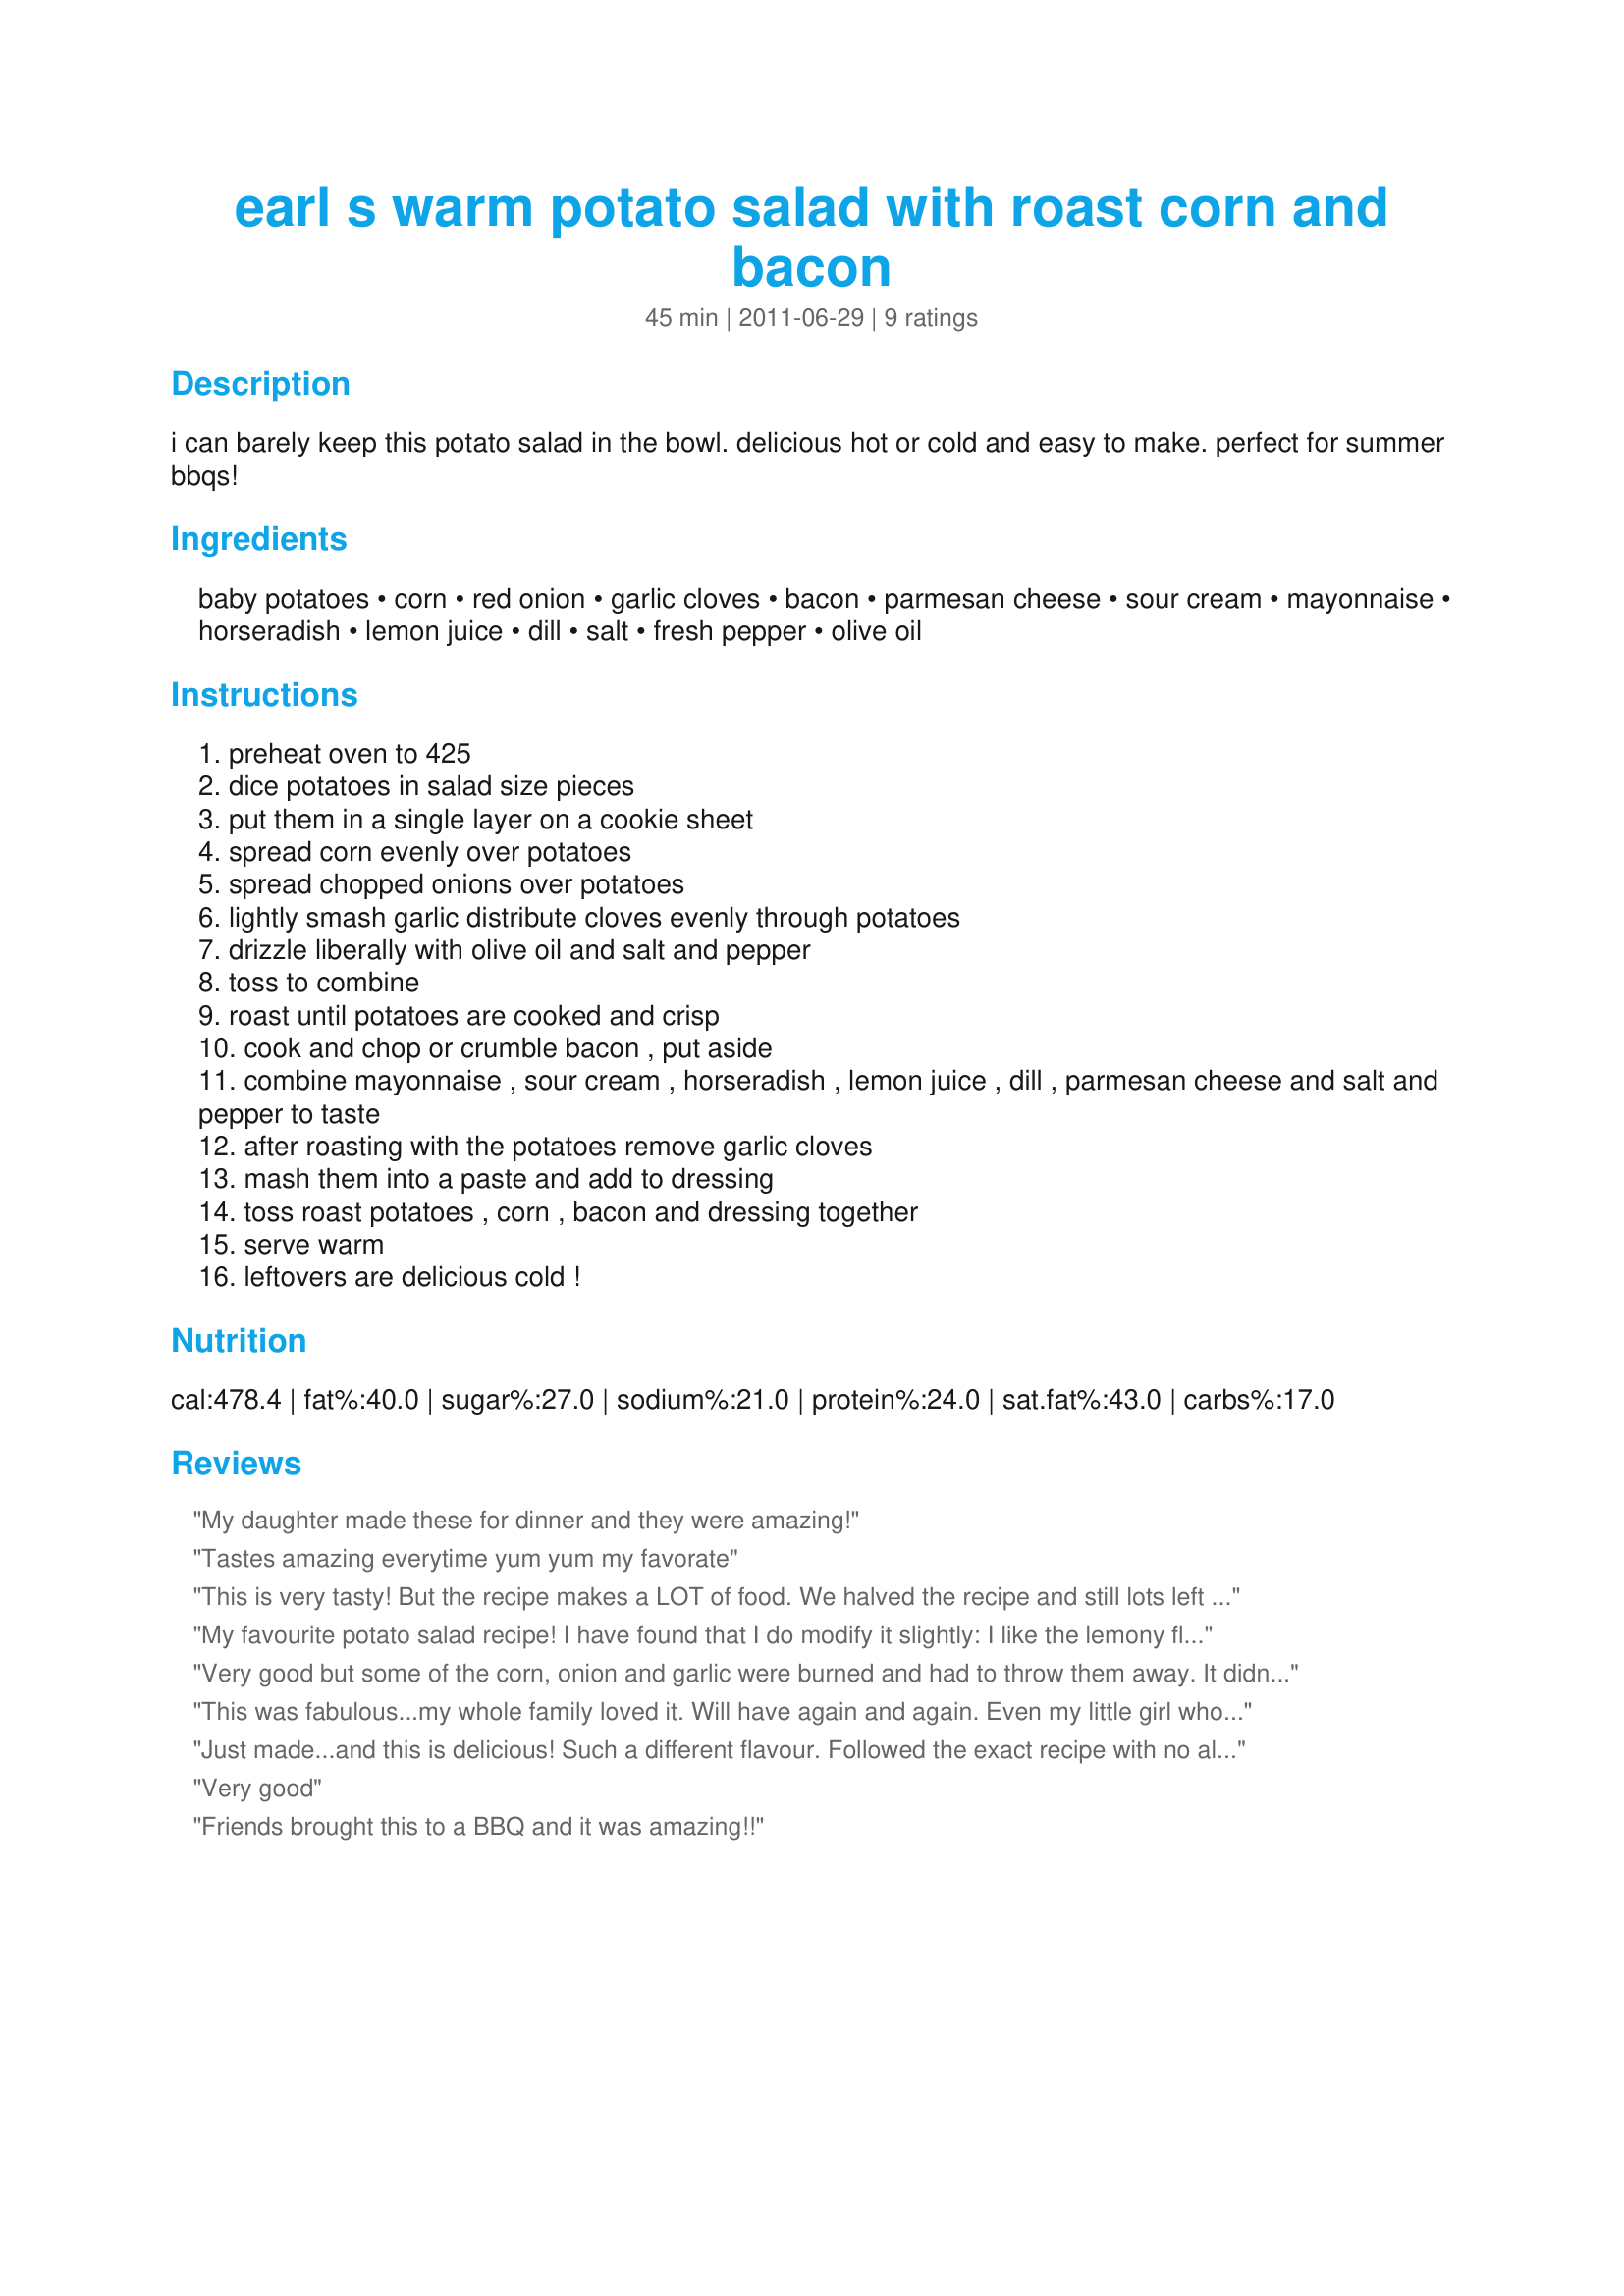
earl s warm potato salad with roast corn and bacon
Preparation time: 45 minutes

i can barely keep this potato salad in the bowl. delicious hot or cold and easy to make. perfect for summer bbqs!

Ingredients:
baby potatoes, corn, red onion, garlic cloves, bacon, parmesan cheese, sour cream, mayonnaise, horseradish, lemon juice, dill, salt, fresh pepper, olive oil

Steps:
preheat oven to 425
dice potatoes in salad size pieces
put them in a single layer on a cookie sheet
spread corn evenly over potatoes
spread chopped onions over potatoes
lightly smash garlic distribute cloves evenly through potatoes
drizzle liberally with olive oil and salt and pepper
toss to combine
roast until potatoes are cooked and crisp
cook and chop or crumble bacon , put aside
combine mayonnaise , sour cream , horseradish , lemon juice , dill , parmesan cheese and salt and pepper to taste
after roasting with the potatoes remove garlic cloves
mash them into a paste and add to dressing
toss roast potatoes , corn , bacon and dressing together
serve warm
leftovers are delicious cold !

Reviews:
My daughter made these for dinner and they were amazing!
Tastes amazing everytime yum yum my favorate
This is very tasty! But the recipe makes a LOT of food. We halved the recipe and still lots left over
My favourite potato salad recipe! I have found that I do modify it slightly: I like the lemony flavour, so I squeeze 2 fresh lemons for juice. I also tend to just get a bag of &quot;real&quot; bacon bits (Ready Crisp) instead of more cooking (lazy I know, but still yummy). Finally, I prefer to mix the potatoes, onions, corn, etc in a mixing bowl instead of on the cookie sheet. A quick rinse later, and the bowl can be reused for the sauce.
Very good but some of the corn, onion and garlic were burned and had to throw them away. It didn't say if the garlic should have the skin on or not. I took it off. Good flavor for the rest of it and will try it cold later with the leftover.
This was fabulous...my whole family loved it. Will have again and again. Even my little girl who doesn't like anything loved it :)
Just made...and this is delicious! Such a different flavour. Followed the exact recipe with no alterations. Splendid!
Very good
Friends brought this to a BBQ and it was amazing!!
